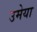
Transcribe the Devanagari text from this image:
उमेया